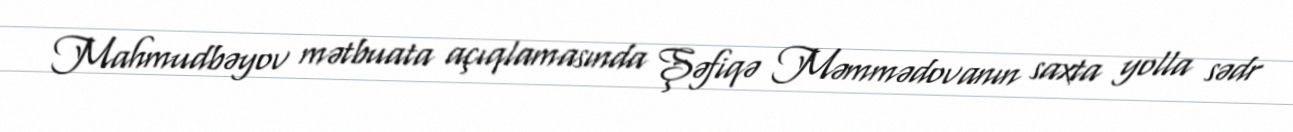
Mahmudbəyov mətbuata açıqlamasında Şəfiqə Məmmədovanın saxta yolla sədr